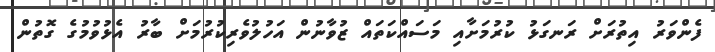
ފެންވަރު އިތުރަށް ރަނގަޅު ކުރުމަށާއި މަސައްކަތައް ޒުވާނުން އަހުލުވެރިކުރުމަށް ބާރު އެޅުވުމުގެ ގޮތުން